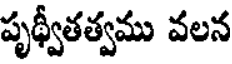
పృథ్వీతత్వము వలన